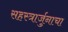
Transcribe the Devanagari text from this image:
सहस्त्रार्जुनाचा